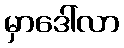
မှာဒေါ်လာ